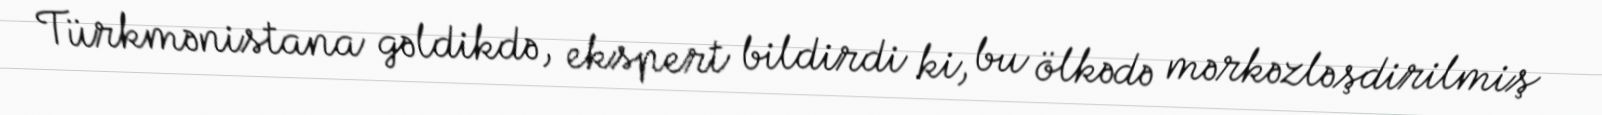
Türkmənistana gəldikdə, ekspert bildirdi ki, bu ölkədə mərkəzləşdirilmiş